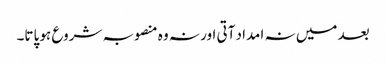
بعد میں نہ امداد آتی اور نہ وہ منصوبہ شروع ہو پاتا۔